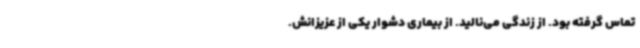
تماس گرفته بود. از زندگی می‌نالید. از بیماری دشوار یکی از عزیزانش.